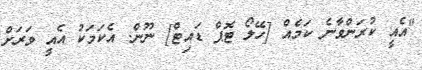
"އެއީ ކުރަންވާނެ ކަމެއް [ހޭލޯ ޓޮޕް ޑައިޓް] ނޫން. އެކަމަކު އެއީ ވަރަށް